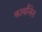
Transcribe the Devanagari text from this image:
कार्बाॅनेल